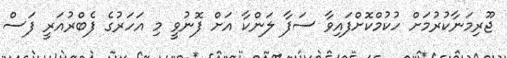
ޖޫރިމަނާކުރުމަށް ހުކުމްކޮށްފައިވާ ސަފާ ލަންކާ އަށް ފޮނުވީ މި އަހަރުގެ ފެބްރުއަރީ ފަސް